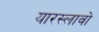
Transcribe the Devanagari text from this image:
यारस्लावो